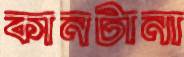
কানটানা